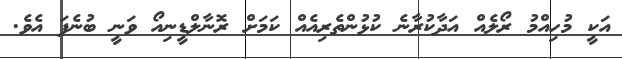
އަކީ މުހިއްމު ރޯލެއްް އަދާކުރާނެ ކުޅުންތެރިއެއް ކަމަށް ރޮނާލްޑީނިއޯ ވަނީ ބުނެފަ އެވެ.